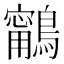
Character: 𪆢